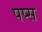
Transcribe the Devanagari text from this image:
पप्स